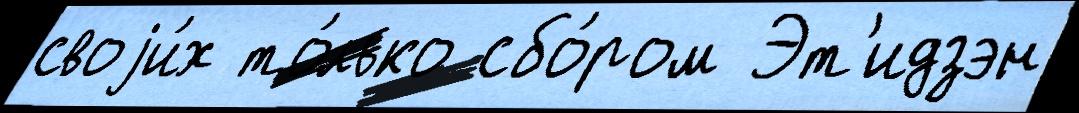
своjи́х то́лько сбо́ром Эт'идзэн